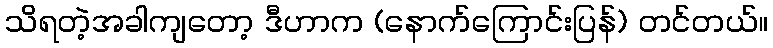
သိရတဲ့အခါကျတော့ ဒီဟာက (နောက်ကြောင်းပြန်) တင်တယ်။